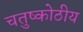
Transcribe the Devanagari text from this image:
चतुष्कोठीय